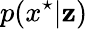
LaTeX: p(x^{\star}|\mathbf{z})